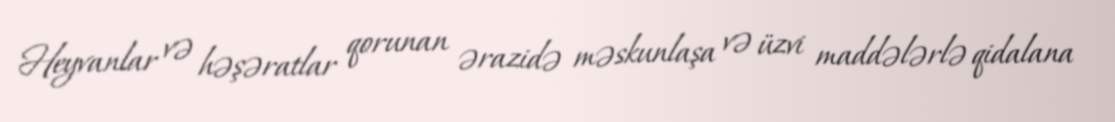
Heyvanlar və həşəratlar qorunan ərazidə məskunlaşa və üzvi maddələrlə qidalana